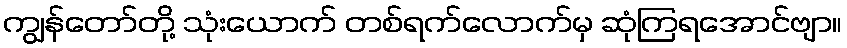
ကျွန်တော်တို့ သုံးယောက် တစ်ရက်လောက်မှ ဆုံကြရအောင်ဗျာ။